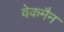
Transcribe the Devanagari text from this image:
वेकमैन